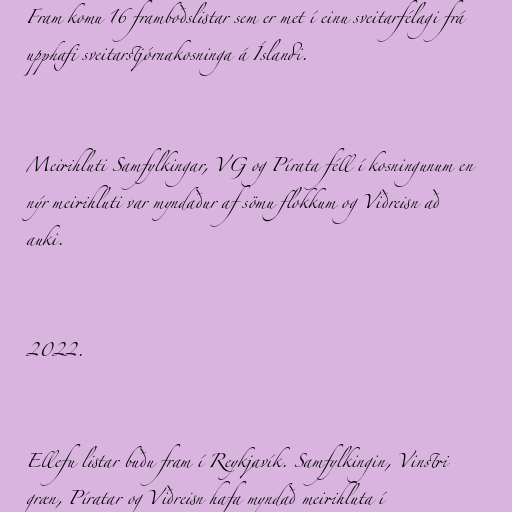
Fram komu 16 framboðslistar sem er met í einu sveitarfélagi frá
upphafi sveitarstjórnakosninga á Íslandi.

Meirihluti Samfylkingar, VG og Pírata féll í kosningunum en
nýr meirihluti var myndaður af sömu flokkum og Viðreisn að
auki.

2022.

Ellefu listar buðu fram í Reykjavík. Samfylkingin, Vinstri
græn, Píratar og Viðreisn hafa myndað meirihluta í